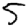
Digit: 5